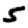
Digit: 5